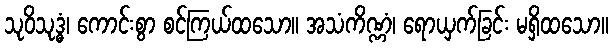
သုဝိသုဒ္ဓံ၊ ကောင်းစွာ စင်ကြယ်ထသော။ အသံကိဏ္ဏံ၊ ရောယှက်ခြင်း မရှိထသော။